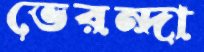
ভেরন্দা